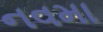
નવમા